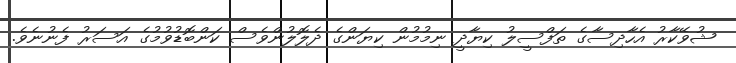
ޝުވޭކާރު އެހާދިސާގެ ތަފްސީލު ކިޔާދީ ނިމުމުން ކިޔަންގެ ދެލޮލުންވެސް ކަންބޮޑުވުމުގެ އަސަރު ފެނުނެވެ.